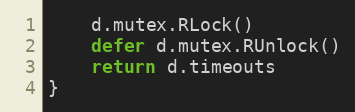
Language: Go
	d.mutex.RLock()
	defer d.mutex.RUnlock()
	return d.timeouts
}